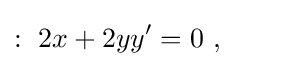
:\ 2x+2yy'=0\ ,\qquad